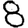
Digit: 8